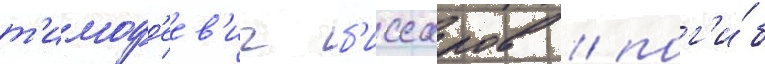
т'имоф'еев'ич б'иссаров / пог'и́б